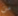
من